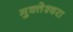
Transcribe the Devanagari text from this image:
मुक्‍तेश्‍वरा